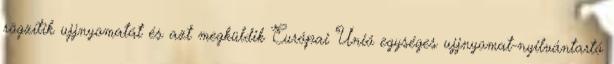
rögzítik ujjnyomatát és azt megküldik Európai Unió egységes ujjnyomat-nyilvántartó